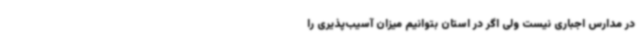
در مدارس اجباری نیست ولی اگر در استان بتوانیم میزان آسیب‌پذیری را